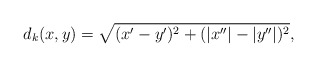
\begin{align*}d_k(x,y) = \sqrt{(x'-y')^2 + (|x''| - |y''|)^2},\end{align*}